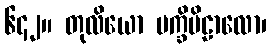
၆၄၂။ တုလိယော ပက္ခိဗိဠာလော၊